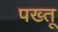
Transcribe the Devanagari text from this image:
पख्तू